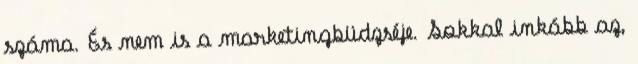
száma. És nem is a marketingbüdzséje. Sokkal inkább az,